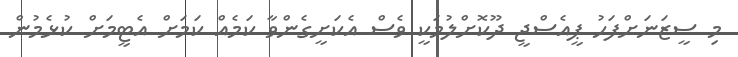
މި ސީޒަނަށްފަހު ޕީއެސްޖީ ދޫކޮށްލުމަކީ ވެސް އެކަށީގެންވާ ކަމެއް ކަމަށް އެޓީމަށް ކުޅެމުން